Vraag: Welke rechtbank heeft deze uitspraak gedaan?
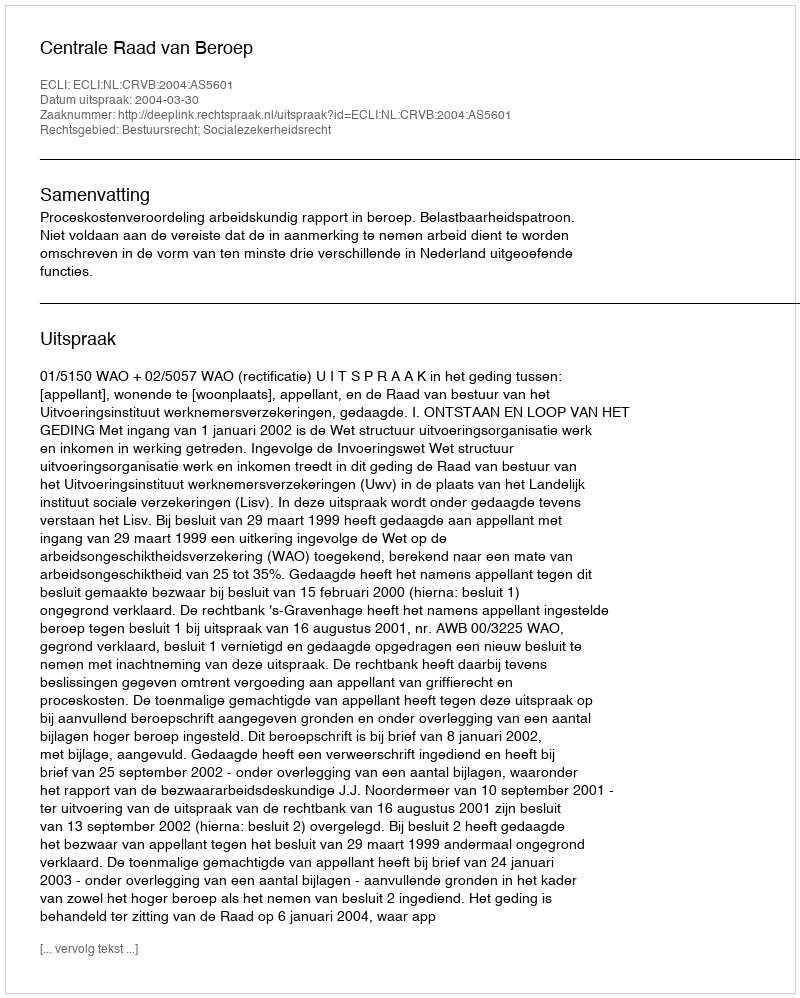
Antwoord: Centrale Raad van Beroep